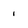
Character: 1